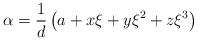
LaTeX: \begin{align*}\alpha=\frac{1}{d}\left( a+x\xi+y\xi^2+z\xi^3 \right)\end{align*}